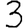
Digit: 3